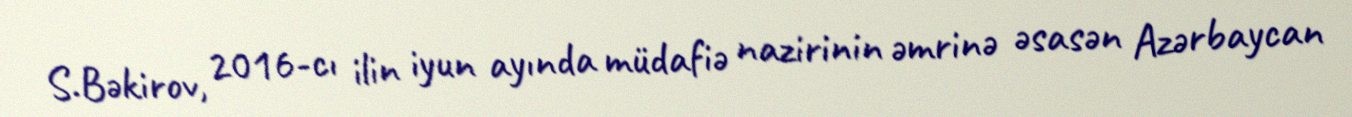
S.Bəkirov, 2016-cı ilin iyun ayında müdafiə nazirinin əmrinə əsasən Azərbaycan